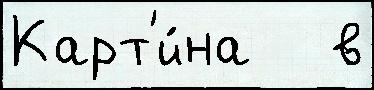
Карт'и́на   в